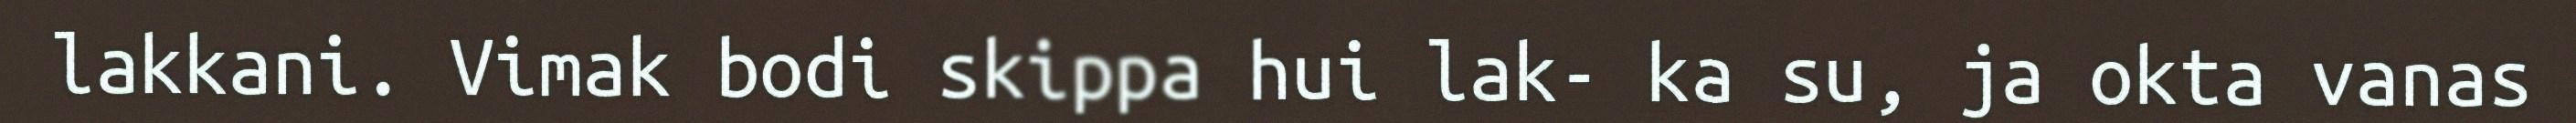
lakkani. Vimak bodi skippa hui lak- ka su, ja okta vanas